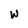
Character: W